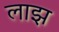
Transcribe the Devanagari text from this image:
लाझ